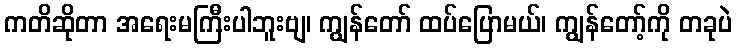
ကတိဆိုတာ အရေးမကြီးပါဘူးဗျ၊ ကျွန်တော် ထပ်ပြောမယ်၊ ကျွန်တော့်ကို တခုပဲ